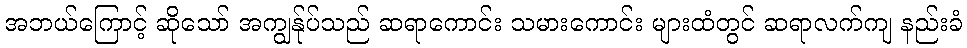
အဘယ်ကြောင့် ဆိုသော် အကျွန်ုပ်သည် ဆရာကောင်း သမားကောင်း များထံတွင် ဆရာလက်ကျ နည်းခံ